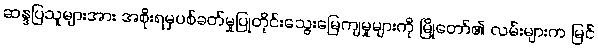
ဆန္ဒပြသူများအား အစိုးရမှပစ်ခတ်မှုပြုတိုင်းသွေးမြေကျမှုများကို မြို့တော်၏ လမ်းများက မြင်